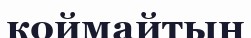
коймайтын